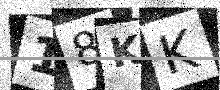
Text: 18KK